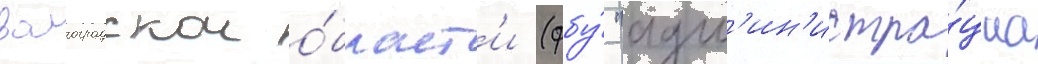
волгоградскои о́бласт'и (фбу́ "адм'ин'истра́циа